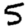
Digit: 5